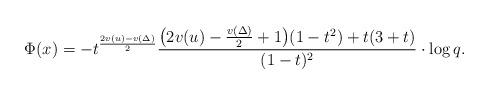
LaTeX: \begin{align*} \Phi(x)=-t^{\frac{2v(u)-v(\Delta)}{2}} \frac{\bigl( 2v(u)-\frac{v(\Delta)}{2}+1\bigr) (1-t^2)+ t(3+ t)}{(1 - t)^2}\cdot \log q.\end{align*}